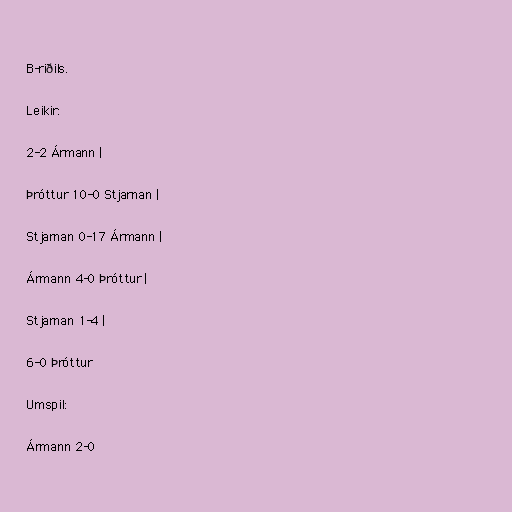
B-riðils.

Leikir:

2-2 Ármann |

Þróttur 10-0 Stjarnan |

Stjarnan 0-17 Ármann |

Ármann 4-0 Þróttur |

Stjarnan 1-4 |

6-0 Þróttur

Umspil:

Ármann 2-0